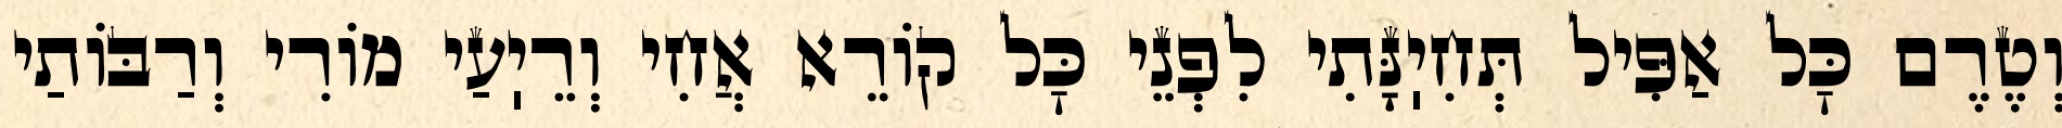
וְטֶרֶם כׇּל אַפִּיל תְּחִיֽנָּתִי לִפְנֵי כׇּל קוֹרֵא אֲחִי וְרֵיֽעַי מוֹרִי וְרַבּוֹתַי